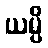
ယမ္ပိ